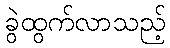
ခွဲထွက်လာသည့်